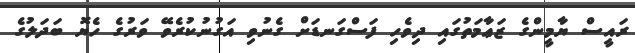
ރައީސް ޔާމީންގެ ޒަޢާމަތުގައި ދިވެހި ފަސްގަނޑަށް ގެނުވި އަގުނުކުރެވޭ ވަރުގެ ހެޔޮ ބަދަލުގެ